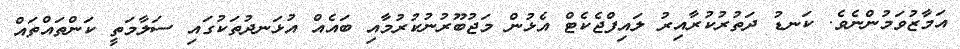
އަމާޒުވަމުންނެވެ. ކަނޑު ދަތުރުކުރާއިރު ލައިފްޖެކެޓް އެޅުން މަޖުބޫރުނުކުރުމާއި ބައެއް އުޅަނދުތަކުގައި ސަލާމަތީ ކަންތައްތައް